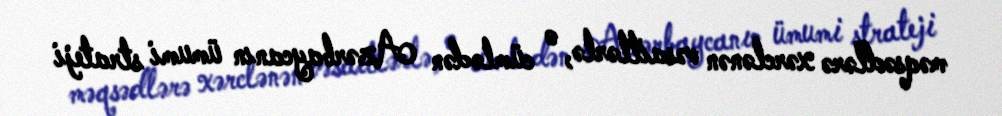
məqsədlərə xərclənən vəsaitlərlə, o cümlədən Azərbaycanın ümumi strateji